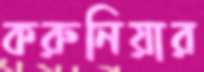
করুনিয়ার